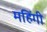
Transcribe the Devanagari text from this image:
महिंगी